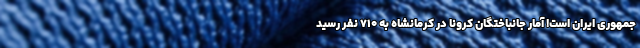
جمهوری ایران است! آمار جانباختگان کرونا در کرمانشاه به ۷۱۰ نفر رسید